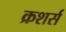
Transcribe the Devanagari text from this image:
क्रशर्स